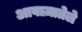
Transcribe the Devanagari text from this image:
आवाज़ातेले